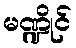
မဏ္ဍိုင်